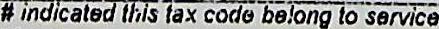
# INDICATED THIS TAX CODE BELONG TO SERVICE